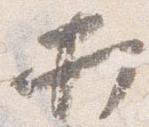
打